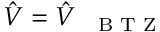
\hat { V } = \hat { V } _ { \mathrm { ~ { ~ \scriptsize ~ B ~ T ~ Z ~ } ~ } }